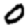
Digit: 0